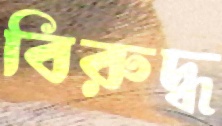
বিরুদ্ধ